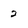
Character: 2